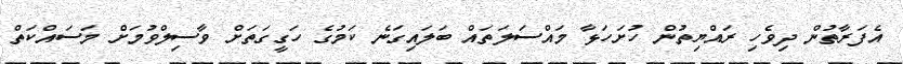
އެފަރާތުން ދިވެހި ރައްޔިތުން ހުށަހަޅާ މައްސަލަތައް ބަލައިގަނެ ކަމުގެ ހަގީގަތަށް ވާސިލްވުމަށް މަސައްކަތް